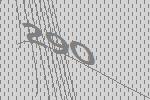
290